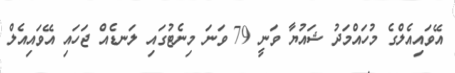
އޭވައިއެލްގެ މުހައްމަދު ޝައުޔާ ވަނީ 79 ވަނަ މިނެޓުގައި ލަނޑެއް ޖަހައި އޭވައިއެލް